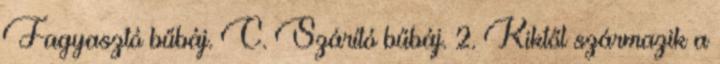
Fagyasztó bűbáj. C. Szárító bűbáj. 2. Kiktől származik a